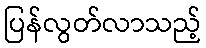
ပြန်လွတ်လာသည့်